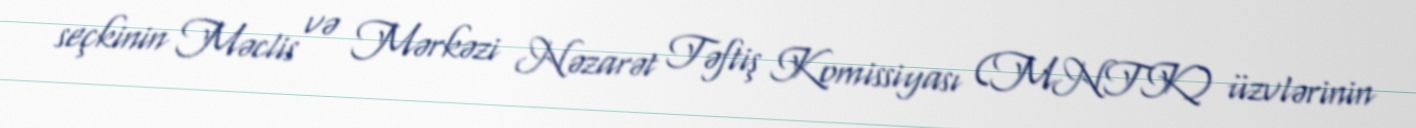
seçkinin Məclis və Mərkəzi Nəzarət Təftiş Komissiyası (MNTK) üzvlərinin